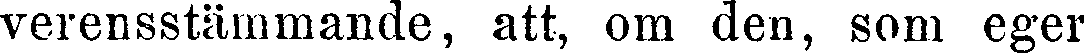
verensstämmande, att, om den, som eger